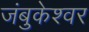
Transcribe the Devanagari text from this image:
जंबुकेश्‍वर